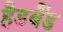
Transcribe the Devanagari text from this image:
हैडबैंड